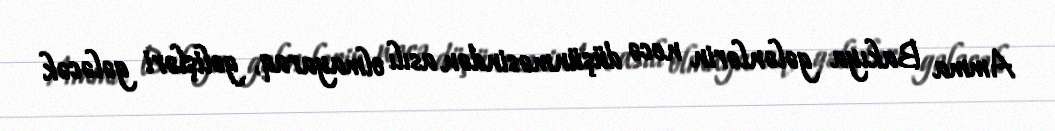
Amma Bakıya gələnlərin necə düşünməsindən asılı olmayaraq, gəlişləri gələcək